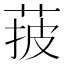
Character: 𦰽